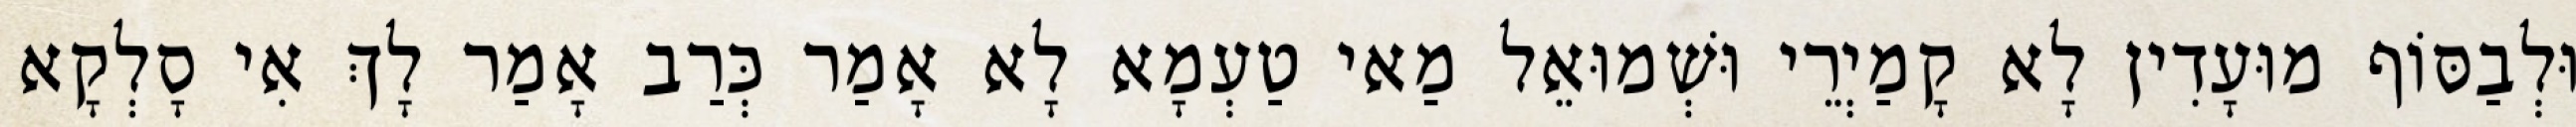
וּלְבַסּוֹף מוּעָדִין לָא קָמַיְרֵי וּשְׁמוּאֵל מַאי טַעְמָא לָא אָמַר כְּרַב אָמַר לָךְ אִי סָלְקָא